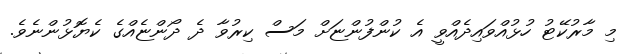
މި މާރުކޭޓު ހުޅުއްވައިދެއްވީ އެ ކުންފުންޏަށް މަސް ކިރުވާ ދެ ދޯންޏެއްގެ ކެޔޮޅުންނެވެ.